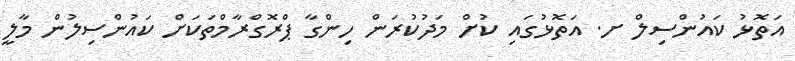
އަތޮޅު ކައުންސިލް ށ. އަތޮޅުގައި ކުށް މަދުކުރަން ހިންގާ ޕްރޮގްރާމްތަކަށް ކައުންސިލުން މާލީ